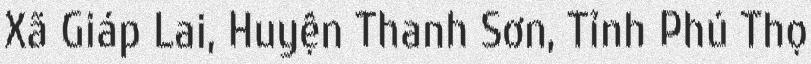
Xã Giáp Lai, Huyện Thanh Sơn, Tỉnh Phú Thọ